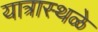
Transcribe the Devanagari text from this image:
यात्रास्थळे